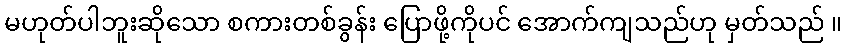
မဟုတ်ပါဘူးဆိုသော စကားတစ်ခွန်း ပြောဖို့ကိုပင် အောက်ကျသည်ဟု မှတ်သည် ။